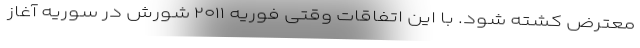
معترض کشته شود. با این اتفاقات وقتی فوریه ۲۰۱۱ شورش در سوریه آغاز